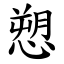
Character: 愬